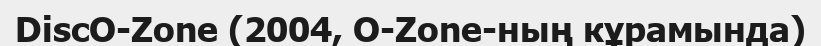
DiscO-Zone (2004, O-Zone-ның кұрамында)